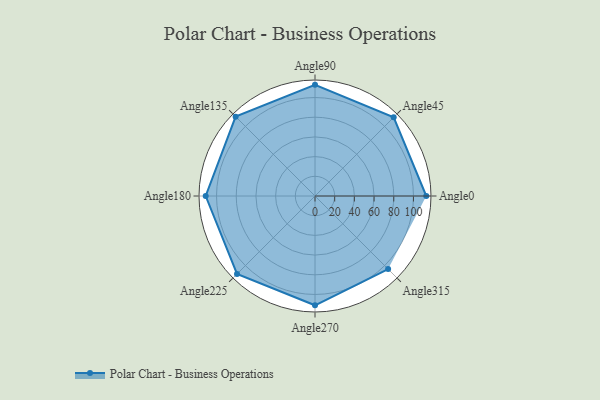
{"axis": {"x": "Angle", "y": "Radius"}, "legend": [""], "data": [{"x": "Angle0", "y": 113.0, "type": ""}, {"x": "Angle45", "y": 113.0, "type": ""}, {"x": "Angle90", "y": 113.0, "type": ""}, {"x": "Angle135", "y": 114.0, "type": ""}, {"x": "Angle180", "y": 111.0, "type": ""}, {"x": "Angle225", "y": 112.0, "type": ""}, {"x": "Angle270", "y": 111.0, "type": ""}, {"x": "Angle315", "y": 105.0, "type": ""}]}